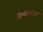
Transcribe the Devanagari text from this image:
थ्रोम्बोक्जेन